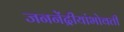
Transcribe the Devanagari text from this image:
जननेंद्रीयांभोवती